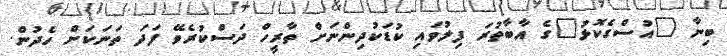
ބިނާ "އުސްގެކޮޅު"ގެ އާބާތުރަ ފިލުވައި ކުޑަކުދިންނަށް ތާރީހް ދަސްކުރެވޭ ފަދަ ތަނަކަށް ހެދުން.